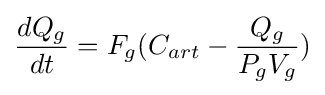
{dQ_{g} \over dt}=F_{g}(C_{art}-{{Q_{g}} \over {P_{g}V_{g}}})